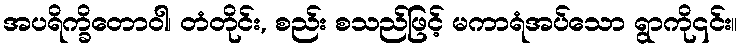
အပရိက္ခိတောဝါ၊ တံတိုင်း, စည်း စသည်ဖြင့် မကာရံအပ်သော ရွာကို၎င်း။